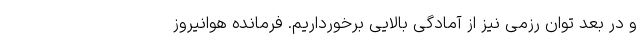
و در بعد توان رزمی نیز از آمادگی بالایی برخورداریم. فرمانده هوانیروز